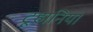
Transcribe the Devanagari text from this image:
टूहानिया